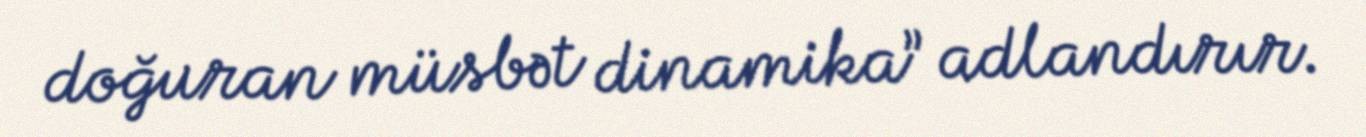
doğuran müsbət dinamika” adlandırır.